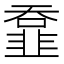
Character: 𩐄